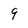
Character: 9